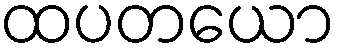
ထပတယော